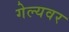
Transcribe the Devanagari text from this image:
गेल्यवर